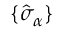
\{ \hat { \sigma } _ { \alpha } \}